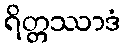
ရိတ္တဿာဒံ